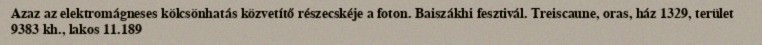
Azaz az elektromágneses kölcsönhatás közvetítő részecskéje a foton. Baiszákhi fesztivál. Treiscaune, oras, ház 1329, terület 9383 kh., lakos 11.189